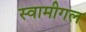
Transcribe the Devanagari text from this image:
स्वामीगल